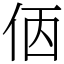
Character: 𠈇